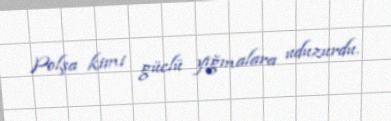
Polşa kimi güclü yığmalara uduzurdu.